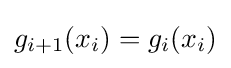
g_{i+1}(x_{i})=g_{i}(x_{i})